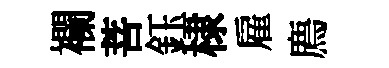
襴菩鈺棣雇廌